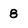
Character: 8